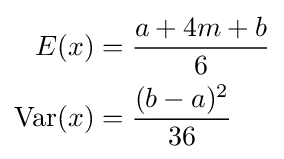
{\begin{aligned}E(x)&{}={\frac {a+4m+b}{6}}\\\operatorname {Var} (x)&{}={\frac {(b-a)^{2}}{36}}\end{aligned}}